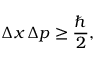
\Delta x \, \Delta p \geq { \frac { \hbar } { 2 } } ,